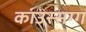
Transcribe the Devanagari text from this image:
काउस्सग्ग